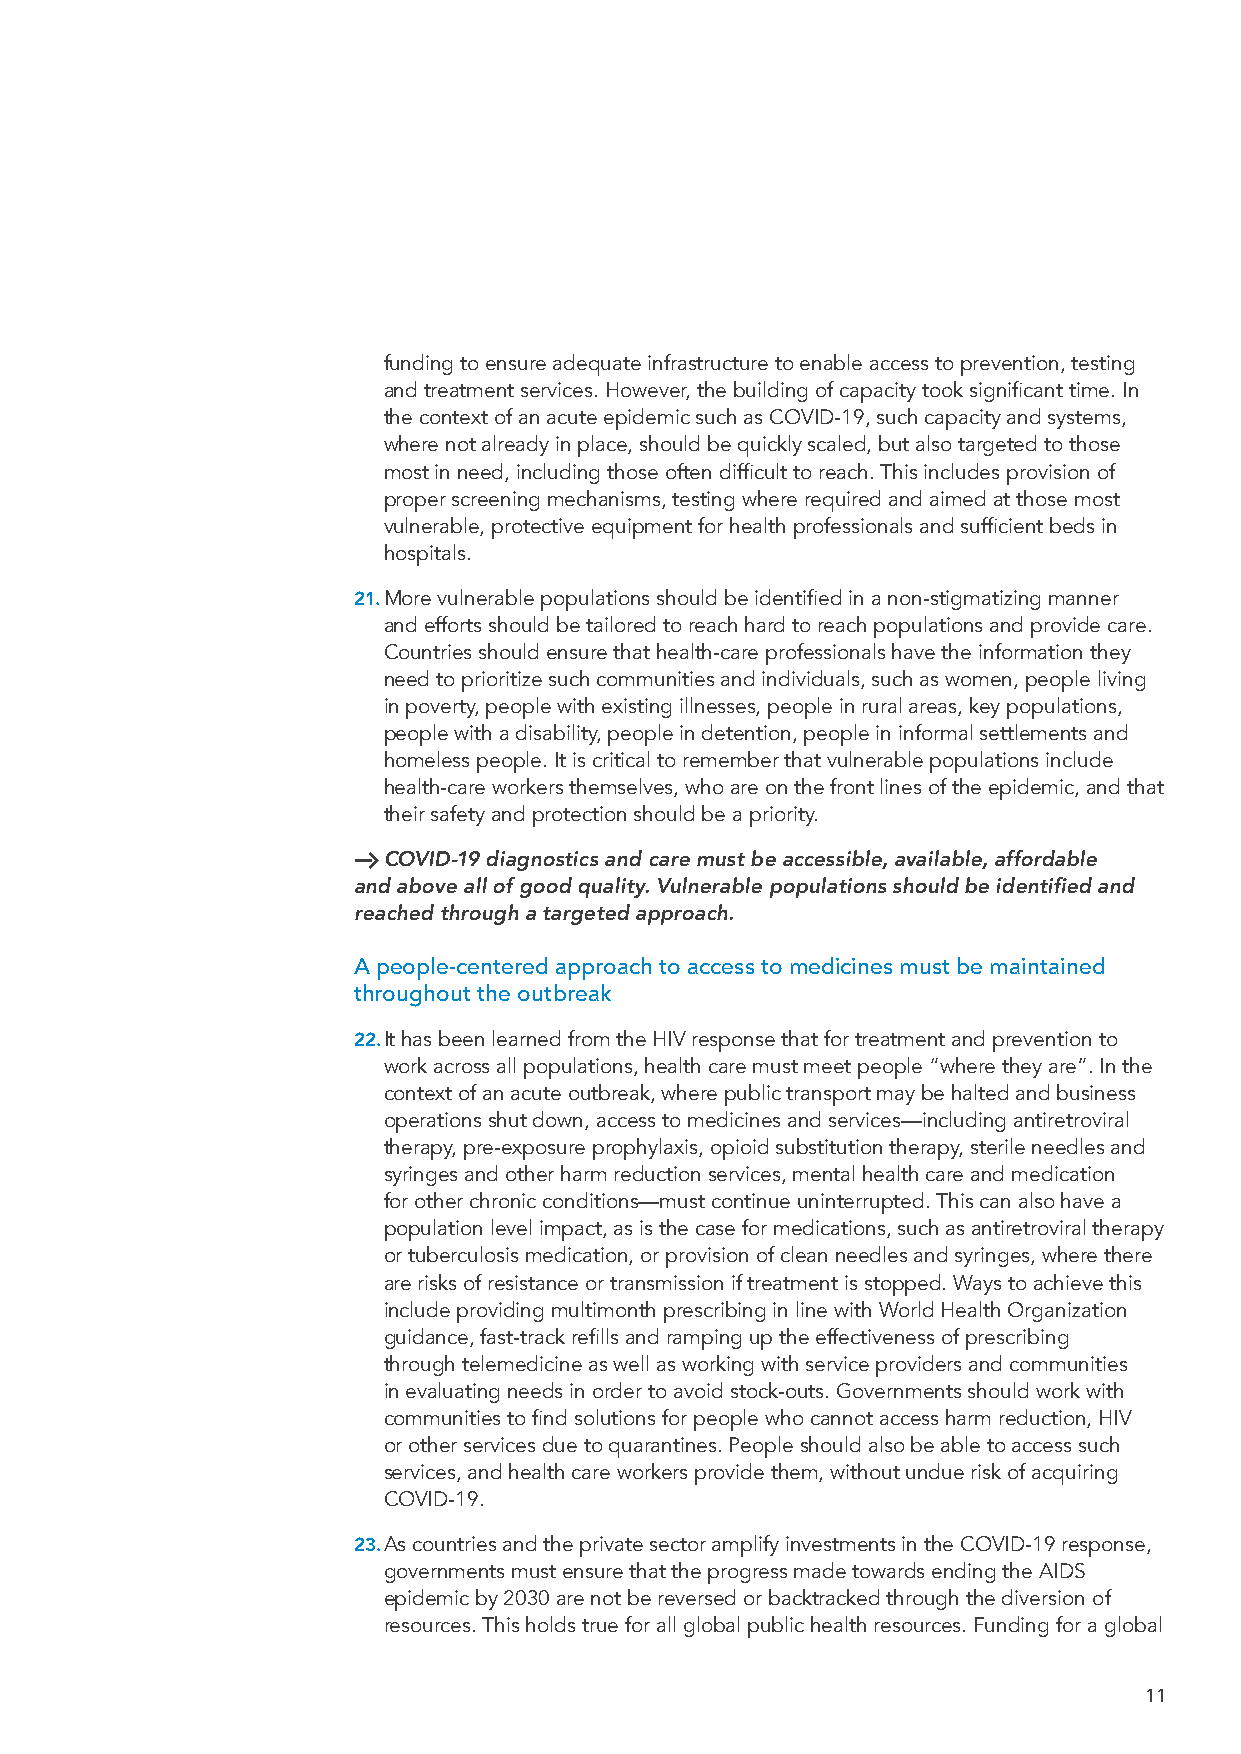
funding to ensure adequate infrastructure to enable access to prevention, testing
 and treatment services. However, the building of capacity took significant time. In
 the context of an acute epidemic such as COVID-19, such capacity and systems,
 where not already in place, should be quickly scaled, but also targeted to those
 most in need, including those often difficult to reach. This includes provision of
 proper screening mechanisms, testing where required and aimed at those most
 vulnerable, protective equipment for health professionals and sufficient beds in
 hospitals.
 21. More vulnerable populations should be identified in a non-stigmatizing manner
 and efforts should be tailored to reach hard to reach populations and provide care.
 Countries should ensure that health-care professionals have the information they
 need to prioritize such communities and individuals, such as women, people living
 in poverty, people with existing illnesses, people in rural areas, key populations,
 people with a disability, people in detention, people in informal settlements and
 homeless people. It is critical to remember that vulnerable populations include
 health-care workers themselves, who are on the front lines of the epidemic, and that
 their safety and protection should be a priority.
 H COVID-19 diagnostics and care must be accessible, available, affordable
 and above all of good quality. Vulnerable populations should be identified and
 reached through a targeted approach.
 A people-centered approach to access to medicines must be maintained
 throughout the outbreak
 22. It has been learned from the HIV response that for treatment and prevention to
 work across all populations, health care must meet people “where they are”. In the
 context of an acute outbreak, where public transport may be halted and business
 operations shut down, access to medicines and services—including antiretroviral
 therapy, pre-exposure prophylaxis, opioid substitution therapy, sterile needles and
 syringes and other harm reduction services, mental health care and medication
 for other chronic conditions—must continue uninterrupted. This can also have a
 population level impact, as is the case for medications, such as antiretroviral therapy
 or tuberculosis medication, or provision of clean needles and syringes, where there
 are risks of resistance or transmission if treatment is stopped. Ways to achieve this
 include providing multimonth prescribing in line with World Health Organization
 guidance, fast-track refills and ramping up the effectiveness of prescribing
 through telemedicine as well as working with service providers and communities
 in evaluating needs in order to avoid stock-outs. Governments should work with
 communities to find solutions for people who cannot access harm reduction, HIV
 or other services due to quarantines. People should also be able to access such
 services, and health care workers provide them, without undue risk of acquiring
 COVID-19.
 23. As countries and the private sector amplify investments in the COVID-19 response,
 governments must ensure that the progress made towards ending the AIDS
 epidemic by 2030 are not be reversed or backtracked through the diversion of
 resources. This holds true for all global public health resources. Funding for a global
 11